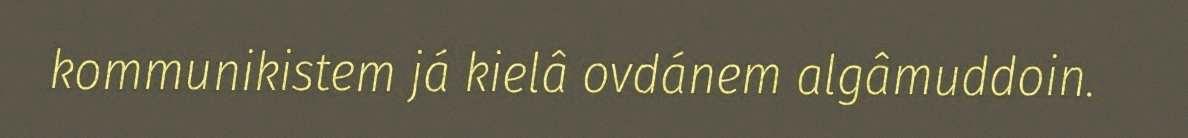
kommunikistem já kielâ ovdánem algâmuddoin.